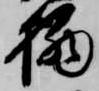
栖